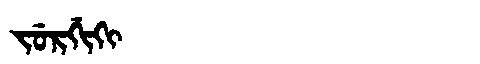
Manchu: ᠵᡠᡵᡤᡳᡴᡳ
Romanization: JURGIKI